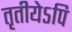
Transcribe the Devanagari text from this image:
तृतीयेऽपि